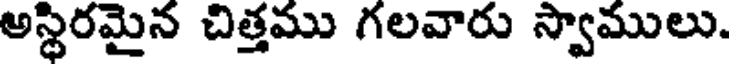
అస్థిరమైన చిత్తము గలవారు స్వాములు.